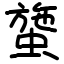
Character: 䗐